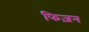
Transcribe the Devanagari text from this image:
फिज़न